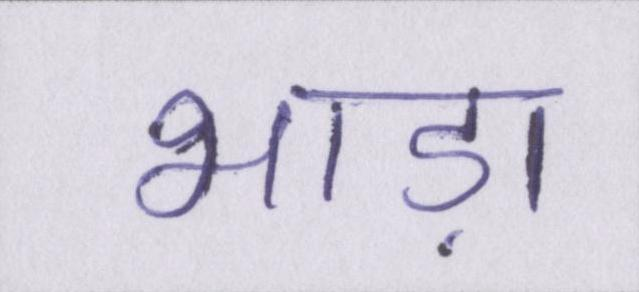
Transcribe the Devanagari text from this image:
भाड़ा